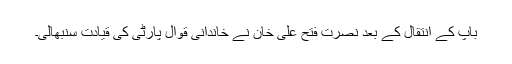
باپ کے انتقال کے بعد نصرت فتح علی خان نے خاندانی قوال پارٹی کی قیادت سنبھالی۔